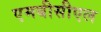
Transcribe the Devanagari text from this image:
एमबीसीएल